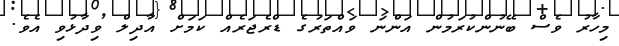
މިހާރު ވެސް ބޭނުންކުރަމުން އަންނަ ވައްތަރުގެ ޑްރެޖަރެއް ކަމަށް އާދިލް ވިދާޅުވި އެވެ.